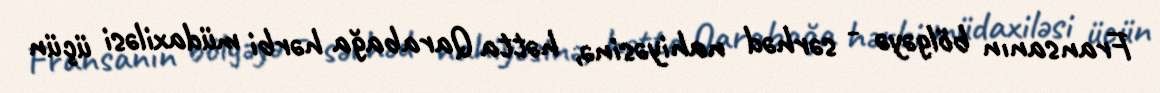
Fransanın bölgəyə - sərhəd nahiyəsinə, hətta Qarabağa hərbi müdaxiləsi üçün